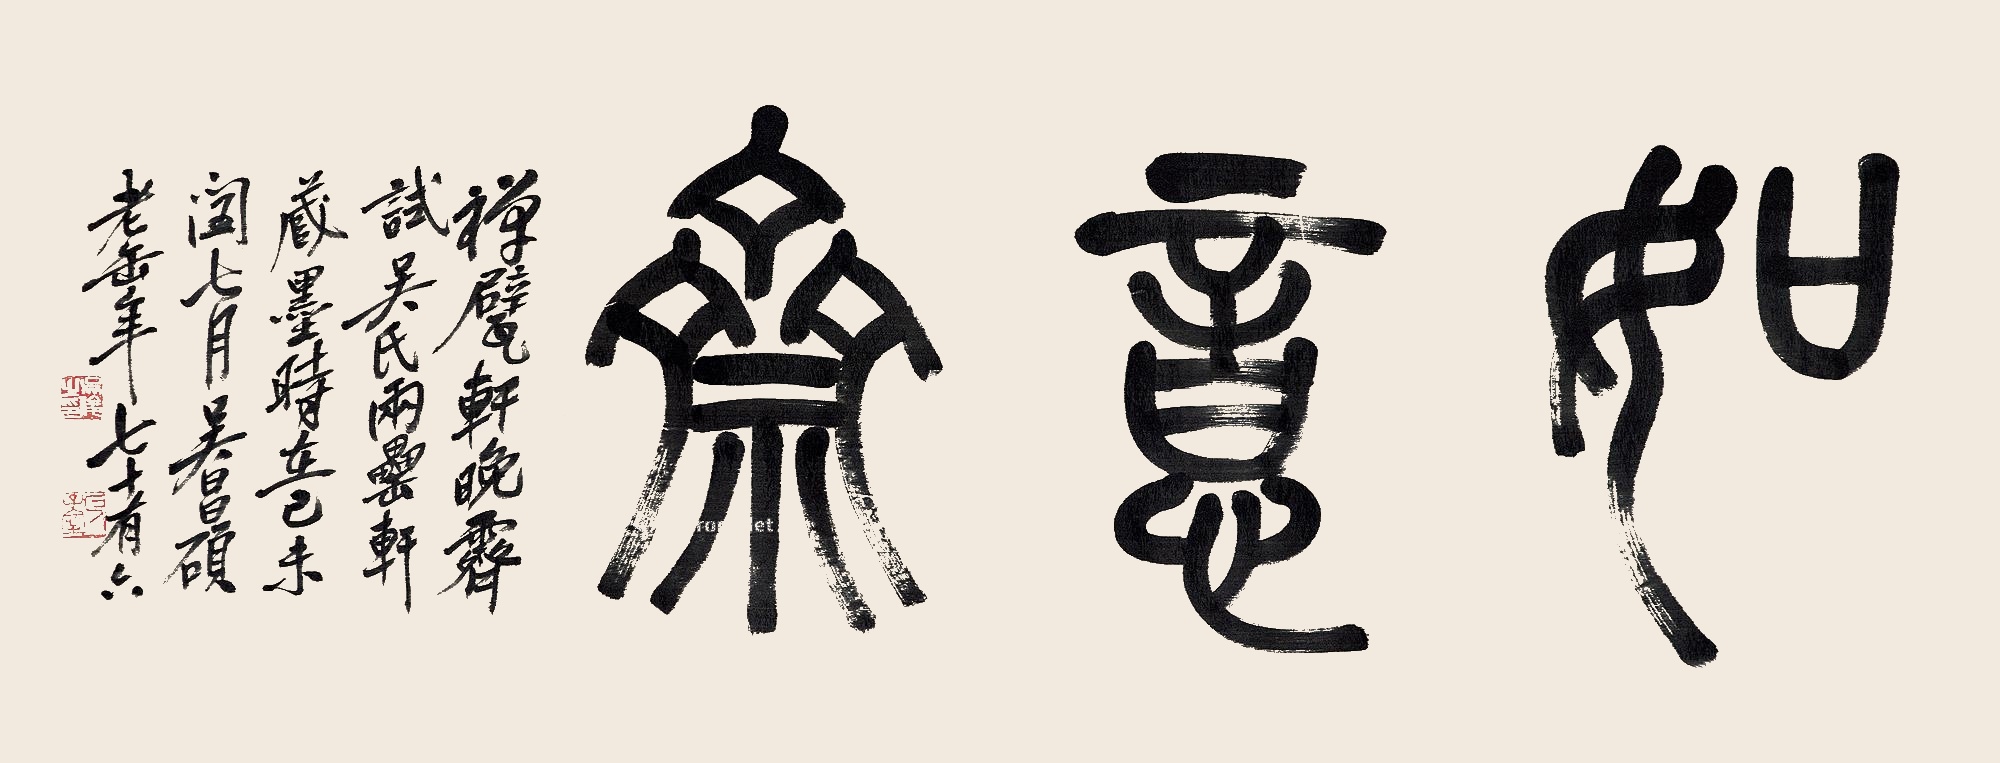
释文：如意斋。禅甓轩晚霁，试吴氏两垒轩藏墨时在己未闰七月，吴昌硕老缶年七十有六。